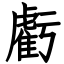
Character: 虧